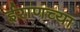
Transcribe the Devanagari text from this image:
ईराणच्या